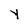
Character: Y